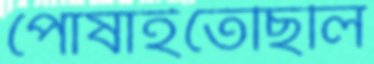
পোষাইতেছিলি